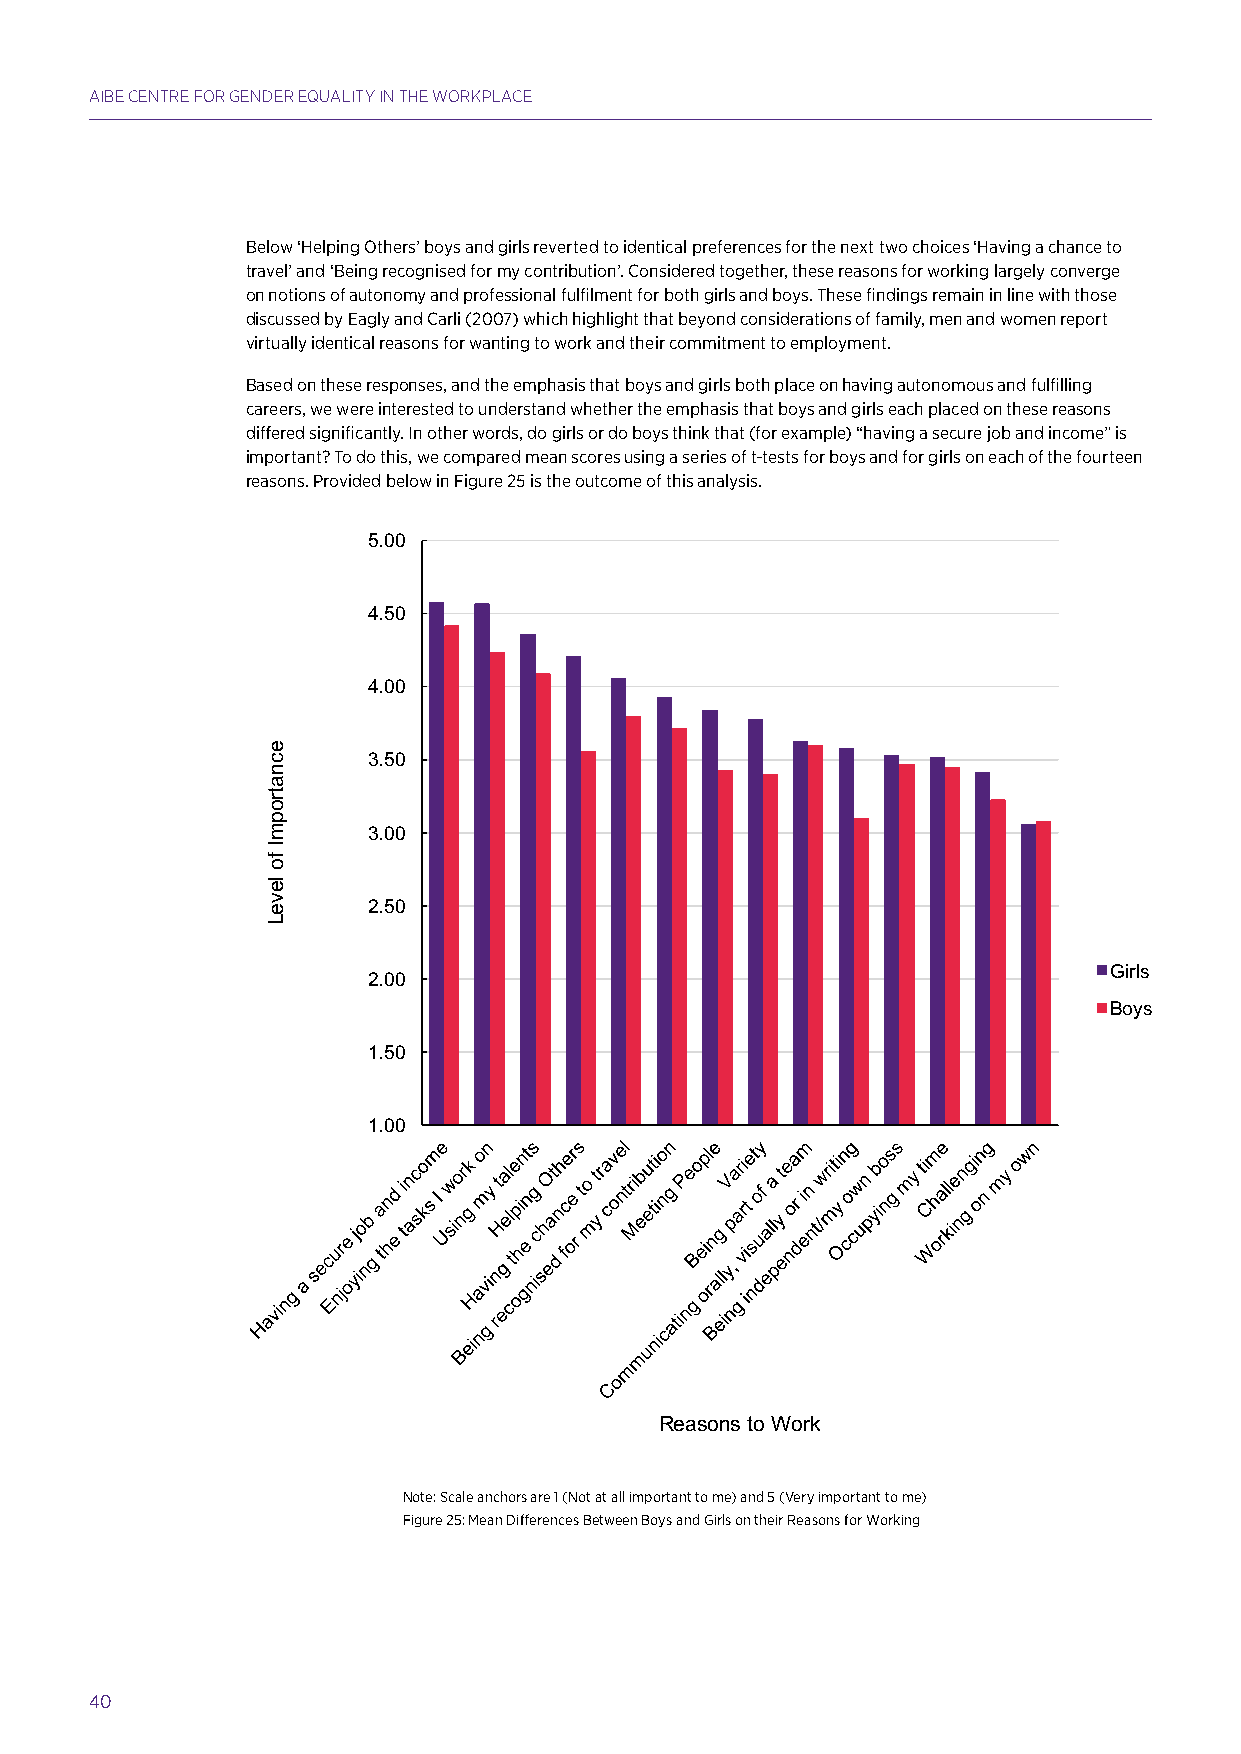
AIBE CENTRE FOR GENDER EQUALITY IN THE WORKPLACE
 Below ‘Helping Others’ boys and girls reverted to identical preferences for the next two choices ‘Having a chance to
 travel’ and ‘Being recognised for my contribution’. Considered together, these reasons for working largely converge
 on notions of autonomy and professional fulfilment for both girls and boys. These findings remain in line with those
 discussed by Eagly and Carli (2007) which highlight that beyond considerations of family, men and women report
 virtually identical reasons for wanting to work and their commitment to employment.
 Based on these responses, and the emphasis that boys and girls both place on having autonomous and fulfilling
 careers, we were interested to understand whether the emphasis that boys and girls each placed on these reasons
 differed significantly. In other words, do girls or do boys think that (for example) “having a secure job and income” is
 important? To do this, we compared mean scores using a series of t-tests for boys and for girls on each of the fourteen
 reasons. Provided below in Figure 25 is the outcome of this analysis.
 5.00
 4.50
 4.00
 3.50
 3.00
 2.50
 Girls
 2.00
 Boys
 1.50
 1.00
 Reasons to Work
 Note: Scale anchors are 1 (Not at all important to me) and 5 (Very important to me)
 Note: Scale anchors are 1 (Not at all important to me) and 5 (Very important to me)
 Figure 25: Mean Differences Between Boys and Girls on their Reasons for Working
 Figure 25: Mean Differences Between Boys and Girls on their Reasons for Working
 There were only two reasons to work that boys and girls did not show significant
 differences on. These were “being part of a team” and “working on my own”22. All
 other reasons to work were evaluated differently by boys and girls. Girls emphasis
 40       on the reasons to work relative to boys is significantly higher. Of particular interest, is
 the significant difference between boys and girls on the reasons linked with
 autonomy and agency (e.g., “having a secure job and income”, “being recognised for
 my contribution”, “being independent/my own boss”) and on job fulfilment (e.g.,
 “enjoying the tasks I work on”, “using my talents” or “challenging”). Relevant to the
 gendered nature of work, girls also reported greater emphasis on reasons to work
 that were consistent with altruism and collaboration with others (e.g., “helping others”
 22 We used a series of t-tests to evaluate whether the mean attributions of boys and girls differed significantly from one another.
 Hands up for Gender Equality: A Major Study into Confidence and Career Intentions of Adolescent Girls & Boys 51
 ecnatropmI
 fo
 leveL